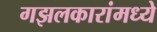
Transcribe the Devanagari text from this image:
गझलकारांमध्ये